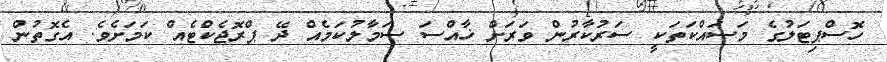
ހޮސްޕިޓަލުގެ މަސައްކަތަކީ ސަރުކާރުން ވަރަށް ޚާއްސަ ސަމާލުކަމެއް ދޭ ޕްރޮޖެކްޓެއް ކަމަށެވެ. އެގޮތުން